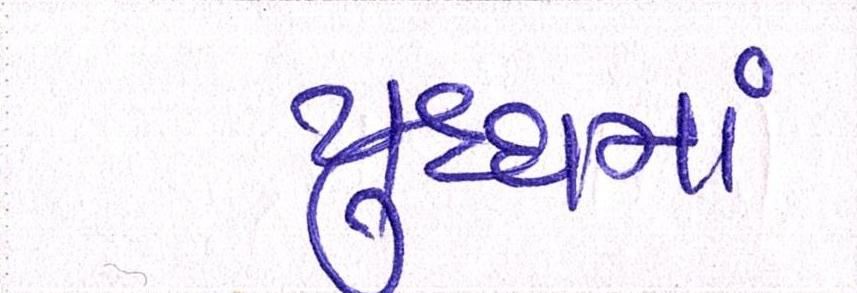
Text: યુદ્ધમાં